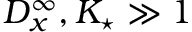
D _ { x } ^ { \infty } , K _ { \star } \gg 1